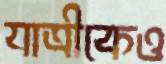
যাত্রীকেও